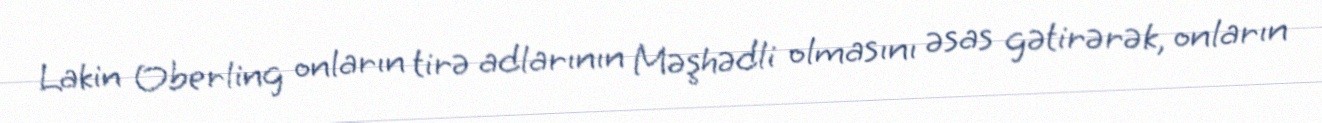
Lakin Oberling onların tirə adlarının Məşhədli olmasını əsas gətirərək, onların